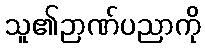
သူ၏ဉာဏ်ပညာကို